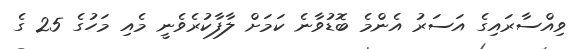
ވިއްސާރައިގެ އަސަރު އެންމެ ބޮޑުވާނެ ކަމަށް ލާފާކުރެވެނީ މެއި މަހުގެ 25 ގެ